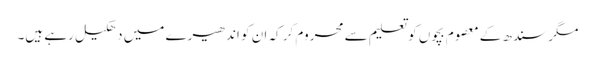
مگر سندھ کے معصوم بچوں کو تعلیم سے محروم کر کہ ان کو اندھیرے میں دھکیل رہے ہیں۔